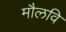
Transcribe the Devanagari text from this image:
मौलवि